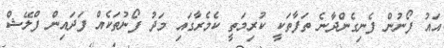
އައު ފޯނުން ފެނިގެންދާނެ ތަފާތަކީ ކުރިމަތީ ކެމެރާގައި މަދު ފޯނުތަކެއް ފަދައިން ފްލޭޝް